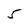
Character: 5